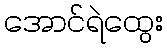
အောင်ရဲထွေး